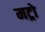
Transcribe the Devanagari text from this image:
मट्रो